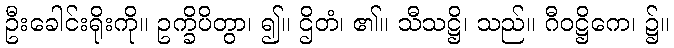
ဦးခေါင်းရိုးကို။ ဥက္ခိပိတွာ၊ ၍။ ဌိတံ၊ ၏။ သီသဋ္ဌိ၊ သည်။ ဂီဝဋ္ဌိကေ၊ ၌။